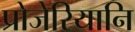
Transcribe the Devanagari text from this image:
प्रोजेरियानि